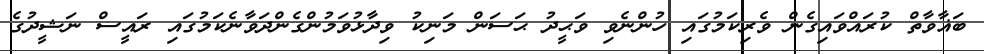
ބަޣާވާތް ކުރައްވައިގެން ވެރިކަމުގައި ހުންނެވި ވަޙީދު ޙަސަން މަނިކު ވިދާޅުވަމުންގެންދަވާނެކަމުގައި ރައީސް ނަޝީދުގެ